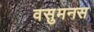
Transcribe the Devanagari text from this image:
वसुमनस